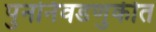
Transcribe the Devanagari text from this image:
पुनर्निवडणुकीत